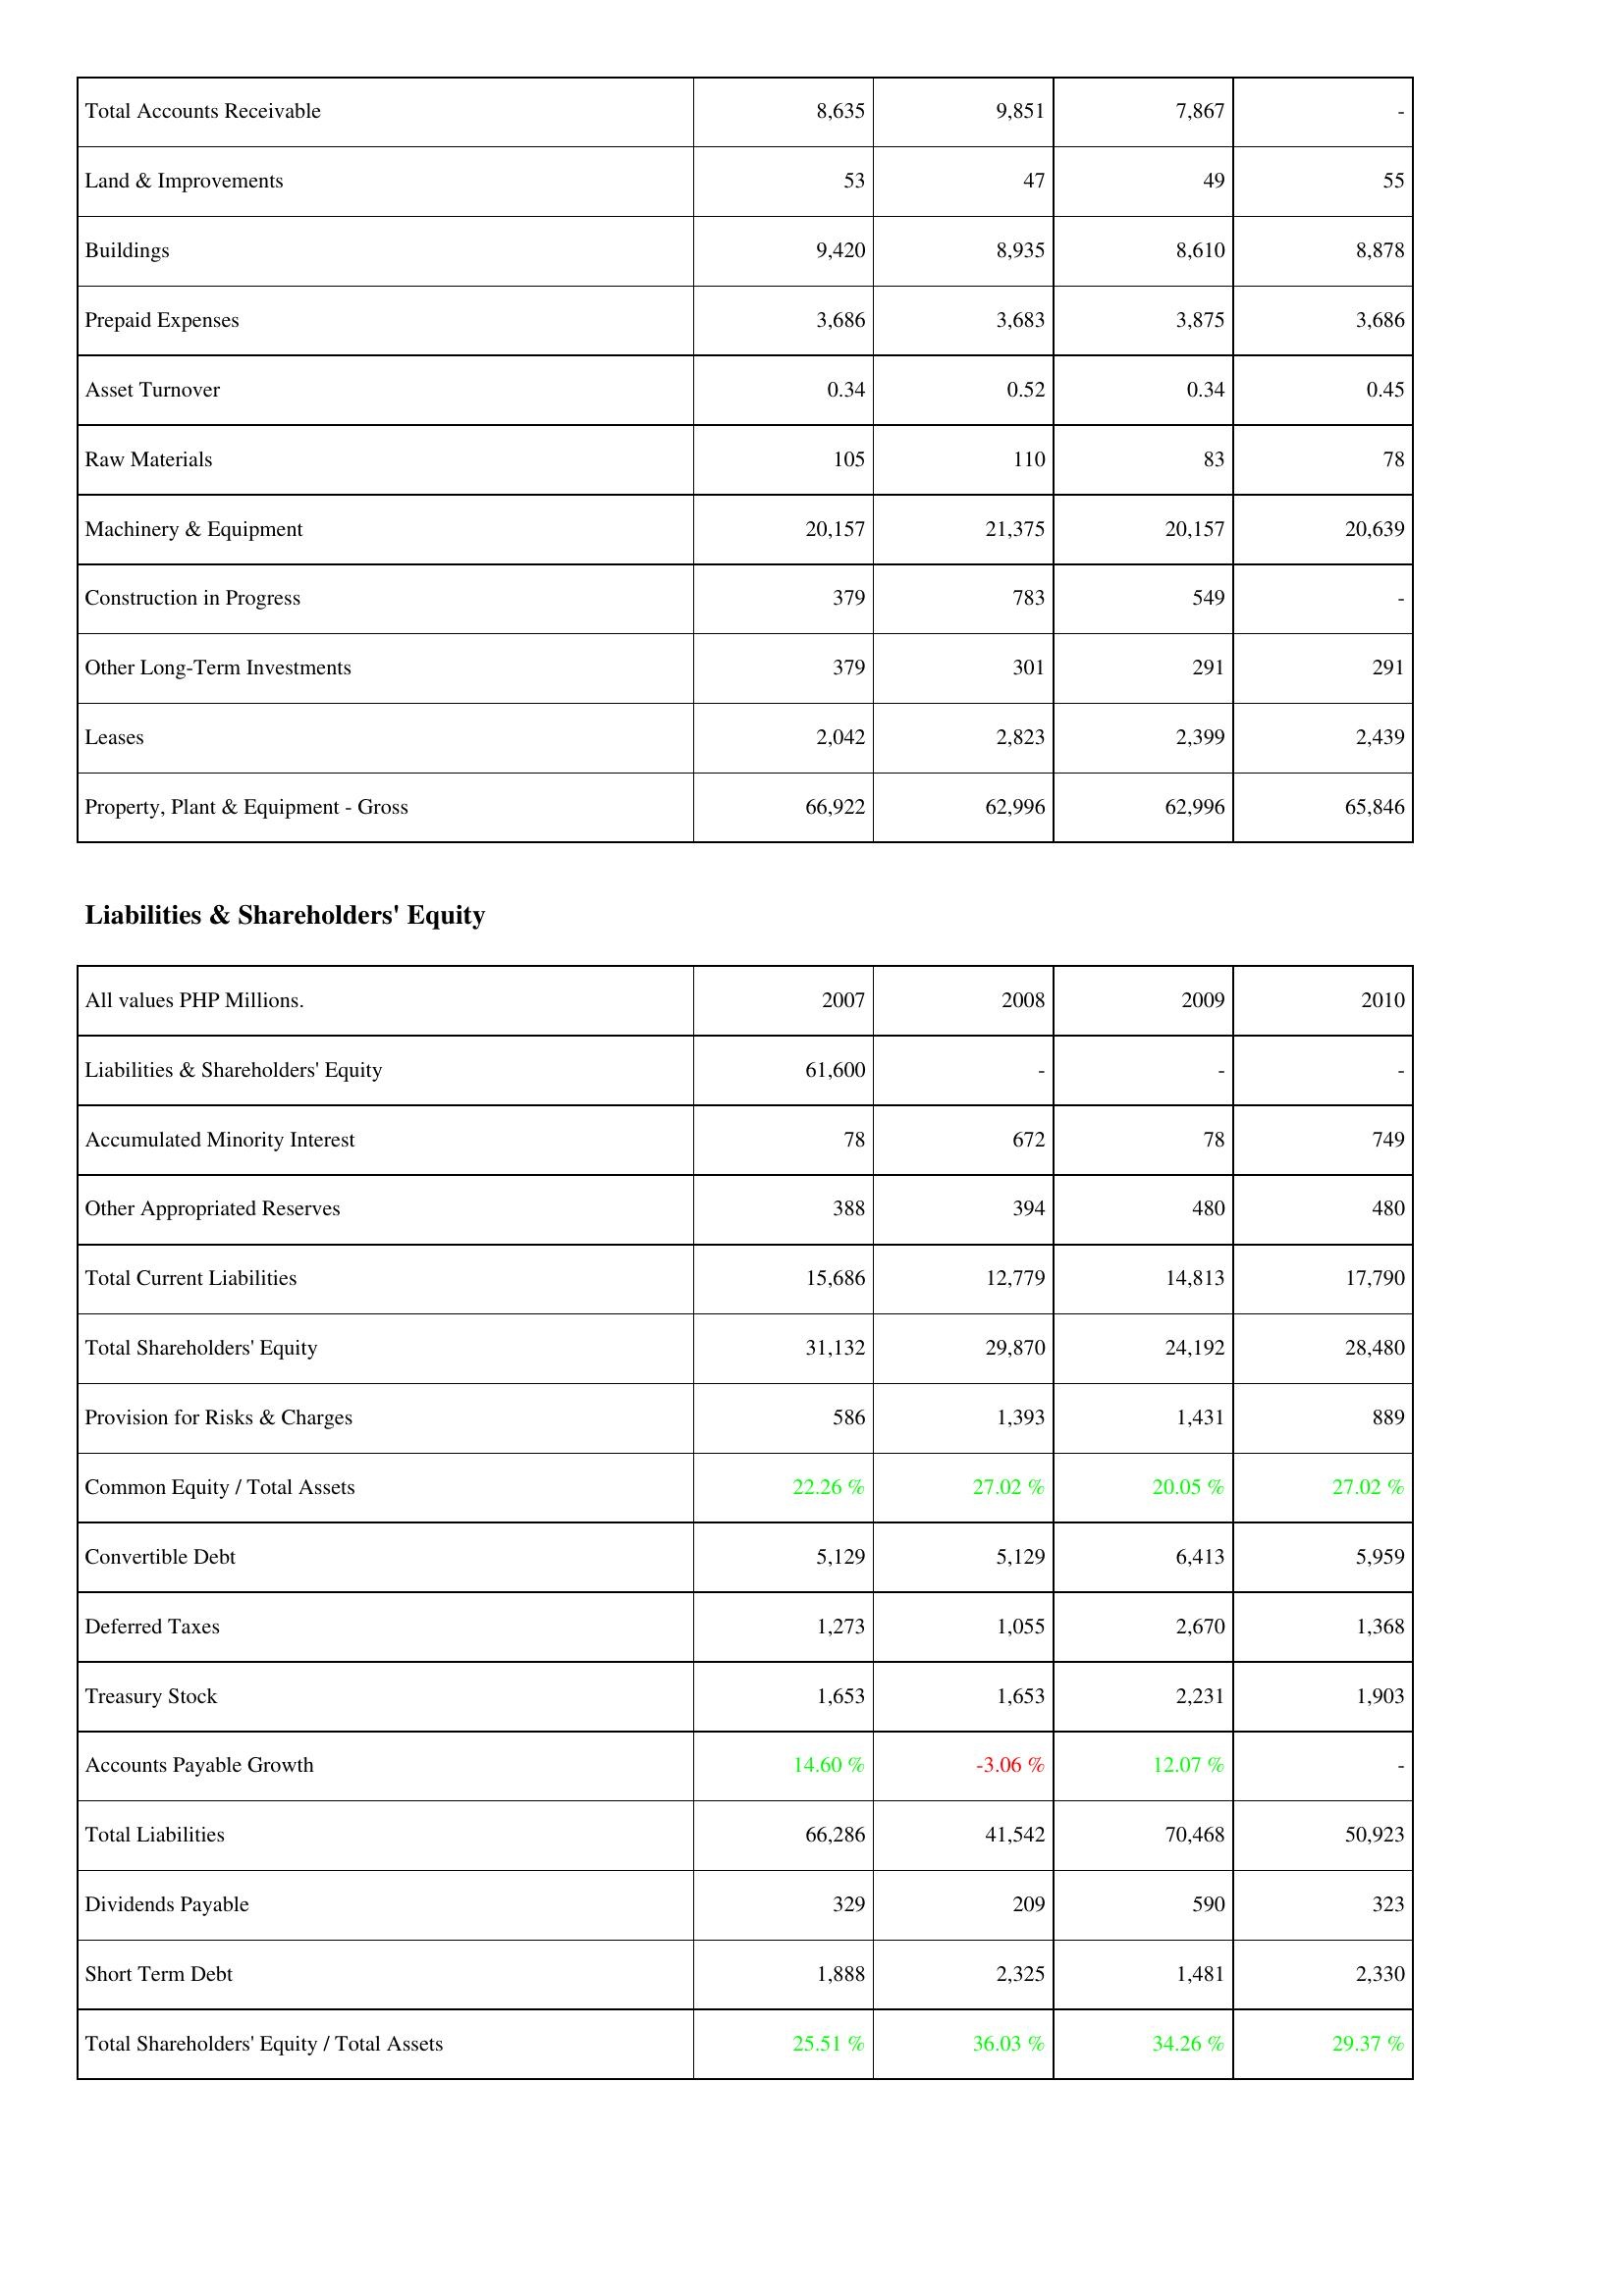
2007: Assets: Total Accounts Receivable: 8,635
Land & Improvements: 53
Buildings: 9,420
Prepaid Expenses: 3,686
Asset Turnover: 0.34
Raw Materials: 105
Machinery & Equipment: 20,157
Construction in Progress: 379
Other Long-Term Investments: 379
Leases: 2,042
Property, Plant & Equipment - Gross: 66,922
Liabilities & Shareholders' Equity: Liabilities & Shareholders' Equity: 61,600
Accumulated Minority Interest: 78
Other Appropriated Reserves: 388
Total Current Liabilities: 15,686
Total Shareholders' Equity: 31,132
Provision for Risks & Charges: 586
Common Equity / Total Assets: 22.26 %
Convertible Debt: 5,129
Deferred Taxes: 1,273
Treasury Stock: 1,653
Accounts Payable Growth: 14.60 %
Total Liabilities: 66,286
Dividends Payable: 329
Short Term Debt: 1,888
Total Shareholders' Equity / Total Assets: 25.51 %
2008: Assets: Total Accounts Receivable: 9,851
Land & Improvements: 47
Buildings: 8,935
Prepaid Expenses: 3,683
Asset Turnover: 0.52
Raw Materials: 110
Machinery & Equipment: 21,375
Construction in Progress: 783
Other Long-Term Investments: 301
Leases: 2,823
Property, Plant & Equipment - Gross: 62,996
Liabilities & Shareholders' Equity: Liabilities & Shareholders' Equity: -
Accumulated Minority Interest: 672
Other Appropriated Reserves: 394
Total Current Liabilities: 12,779
Total Shareholders' Equity: 29,870
Provision for Risks & Charges: 1,393
Common Equity / Total Assets: 27.02 %
Convertible Debt: 5,129
Deferred Taxes: 1,055
Treasury Stock: 1,653
Accounts Payable Growth: -3.06 %
Total Liabilities: 41,542
Dividends Payable: 209
Short Term Debt: 2,325
Total Shareholders' Equity / Total Assets: 36.03 %
2009: Assets: Total Accounts Receivable: 7,867
Land & Improvements: 49
Buildings: 8,610
Prepaid Expenses: 3,875
Asset Turnover: 0.34
Raw Materials: 83
Machinery & Equipment: 20,157
Construction in Progress: 549
Other Long-Term Investments: 291
Leases: 2,399
Property, Plant & Equipment - Gross: 62,996
Liabilities & Shareholders' Equity: Liabilities & Shareholders' Equity: -
Accumulated Minority Interest: 78
Other Appropriated Reserves: 480
Total Current Liabilities: 14,813
Total Shareholders' Equity: 24,192
Provision for Risks & Charges: 1,431
Common Equity / Total Assets: 20.05 %
Convertible Debt: 6,413
Deferred Taxes: 2,670
Treasury Stock: 2,231
Accounts Payable Growth: 12.07 %
Total Liabilities: 70,468
Dividends Payable: 590
Short Term Debt: 1,481
Total Shareholders' Equity / Total Assets: 34.26 %
2010: Assets: Total Accounts Receivable: -
Land & Improvements: 55
Buildings: 8,878
Prepaid Expenses: 3,686
Asset Turnover: 0.45
Raw Materials: 78
Machinery & Equipment: 20,639
Construction in Progress: -
Other Long-Term Investments: 291
Leases: 2,439
Property, Plant & Equipment - Gross: 65,846
Liabilities & Shareholders' Equity: Liabilities & Shareholders' Equity: -
Accumulated Minority Interest: 749
Other Appropriated Reserves: 480
Total Current Liabilities: 17,790
Total Shareholders' Equity: 28,480
Provision for Risks & Charges: 889
Common Equity / Total Assets: 27.02 %
Convertible Debt: 5,959
Deferred Taxes: 1,368
Treasury Stock: 1,903
Accounts Payable Growth: -
Total Liabilities: 50,923
Dividends Payable: 323
Short Term Debt: 2,330
Total Shareholders' Equity / Total Assets: 29.37 %